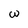
Character: W